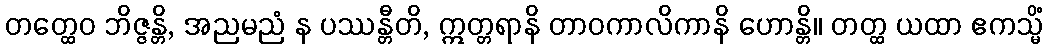
တတ္ထေဝ ဘိဇ္ဇန္တိ, အညမညံ န ပဿန္တီတိ, ဣတ္တရာနိ တာဝကာလိကာနိ ဟောန္တိ။ တတ္ထ ယထာ ဧကသ္မိံ